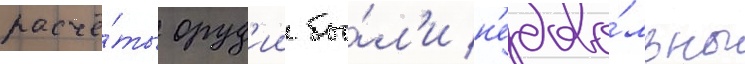
расчё́ты оруд'ии бы́л'и н'едово́льны